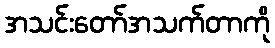
အသင်းတော်အသက်တာကို